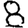
Digit: 8